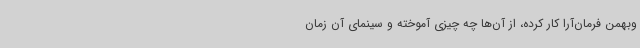
وبهمن فرمان‌آرا کار کرده، از آن‌ها چه چیزی آموخته و سینمای آن زمان